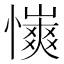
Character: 𢣨